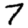
Digit: 7